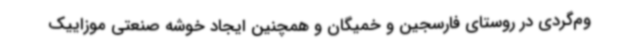
وم‌گردی در روستای فارسجین و خمیگان و همچنین ایجاد خوشه صنعتی موزاییک